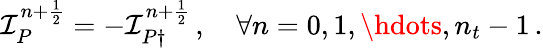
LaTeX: \mathcal I_{P}^{n+\frac 12}=-\mathcal I_{P\dagger}^{n+\frac 12}\, ,\quad\forall n=0,1,\hdots,n_{t}-1\, .